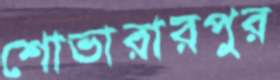
শোভারারপুর